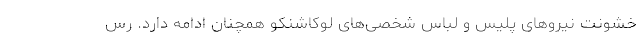
خشونت نیروهای پلیس و لباس شخصی‌های لوکاشنکو همچنان ادامه دارد. رس